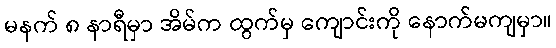
မနက် ၈ နာရီမှာ အိမ်က ထွက်မှ ကျောင်းကို နောက်မကျမှာ။